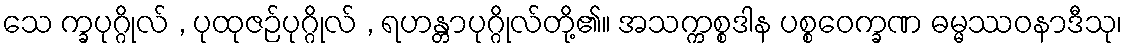
သေ က္ခပုဂ္ဂိုလ် , ပုထုဇဉ်ပုဂ္ဂိုလ် , ရဟန္တာပုဂ္ဂိုလ်တို့၏။ အသက္ကစ္စဒါန ပစ္စဝေက္ခဏ ဓမ္မဿဝနာဒီသု၊